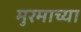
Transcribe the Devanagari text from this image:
मुरमाच्या